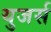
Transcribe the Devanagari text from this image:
युजर्स